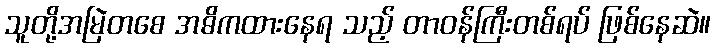
သူတို့အမြဲတစေ အဓိကထားနေရ သည့် တာဝန်ကြီးတစ်ရပ် ဖြစ်နေဆဲ။